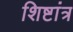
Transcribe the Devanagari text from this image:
शिष्टांत्र